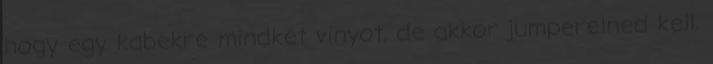
hogy egy kabekre mindket vinyot, de akkor jumperelned kell,